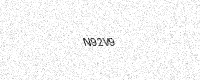
Text: N92V9